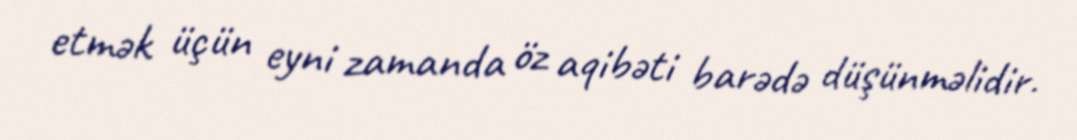
etmək üçün eyni zamanda öz aqibəti barədə düşünməlidir.